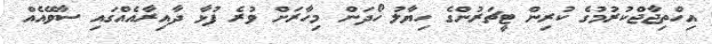
އިހްތިޖާޖްކުރުމުގެ ކުރިން ޓީޗަރުންގެ ހިޔާލު ހޯދަން މިހާރަށް ވުރެ ފުޅާ ދާއިރާއެއްގައި ސާވޭއެއް